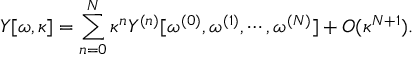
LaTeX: Y [ \omega , \kappa ] = \sum _ { n = 0 } ^ { N } \kappa ^ { n } Y ^ { ( n ) } [ \omega ^ { ( 0 ) } , \omega ^ { ( 1 ) } , \cdots , \omega ^ { ( N ) } ] + O ( \kappa ^ { N + 1 } ) .